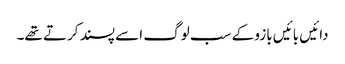
دائیں بائیں بازو کے سب لوگ اسے پسند کرتے تھے۔